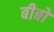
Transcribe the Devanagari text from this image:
बीबो